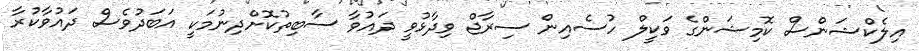
އިލެކްޝަންސް ކޮމިޝަންގެ ވަކީލް ހުސެއިން ސިރާޖް ވިދާޅުވީ ދައުވާ ސާބިތުކޮށްދިނުމަކީ އަބަދުވެސް ދައުވާކުރާ